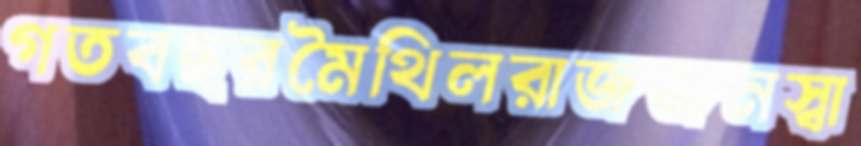
গতবছরমৈথিলরাজজনস্বা